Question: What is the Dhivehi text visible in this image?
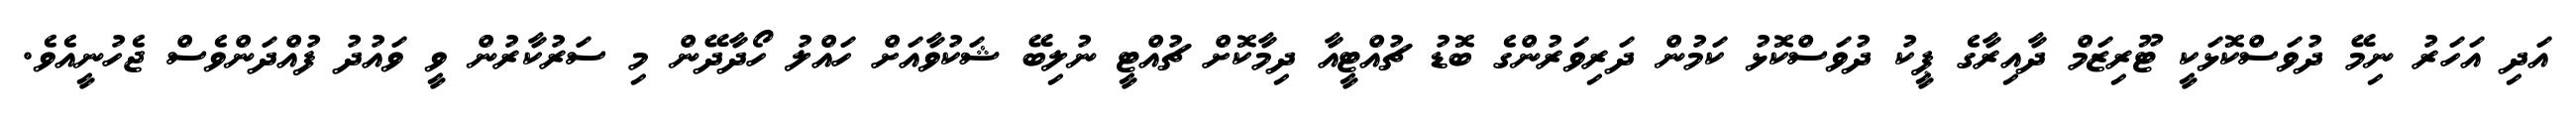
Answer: އަދި އަހަރު ނިމޭ ދުވަސްކޮޅަކީ ޓޫރިޒަމް ދާއިރާގެ ޕީކު ދުވަސްކޮޅު ކަމުން ދަރިވަރުންގެ ބޮޑު ޗުއްޓީއާ ދިމާކޮށް ޗުއްޓީ ނުލިބޭ ޝަކުވާއަށް ހައްލު ހޯދާދޭން މި ސަރުކާރުން ވީ ވައުދު ފުއްދަންވެސް ޖެހުނީއެވެ.